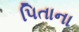
પિતાના